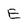
Character: E